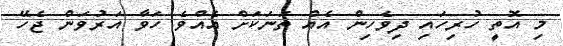
މި އޮތީ ހުރިހައި ދިވެހިން އެއް ތަނަކަށް އެއްވެ ހަވާ އަރުވަން ޖެހޭ